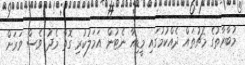
މުބާރާތުގެ މެޗުތައް ދެއްކުމުގައި މީޑިއާ ނެޓުން އަމަލުކުރި ގޮތާ މެދު ވެސް ވަރަށް